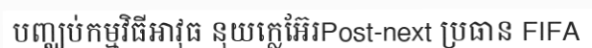
បញ្ឈប់កម្មវិធីអាវុធ នុយក្លេអ៊ែរPost-next ប្រធាន FIFA